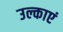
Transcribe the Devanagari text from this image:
उल्काएं